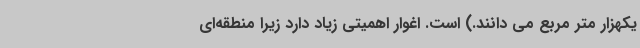
یکهزار متر مربع می دانند.) است. اغوار اهمیتی زیاد دارد زیرا منطقه‌ای